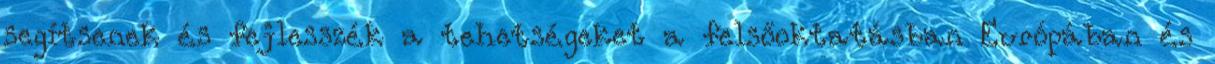
segítsenek és fejlesszék a tehetségeket a felsőoktatásban Európában és